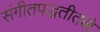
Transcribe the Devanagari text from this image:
संगीतपद्धतीतले